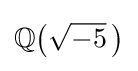
\mathbb {Q} {\bigl (}{\sqrt {-5}}~\!{\bigr )}